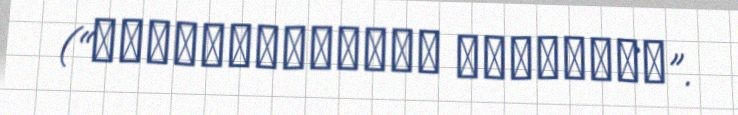
(“Мусульманские династии”.